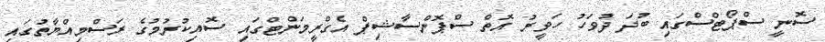
ސޮނީ ސްޕޯޓްސްގައި ބުދަ ދުވަހު ހަވީރު އޮތް ސްޕޮންސާޝިޕް އެގްރީމަންޓްގައި ސޮއިކުރުމުގެ ރަސްމިއްޔާތުގައި